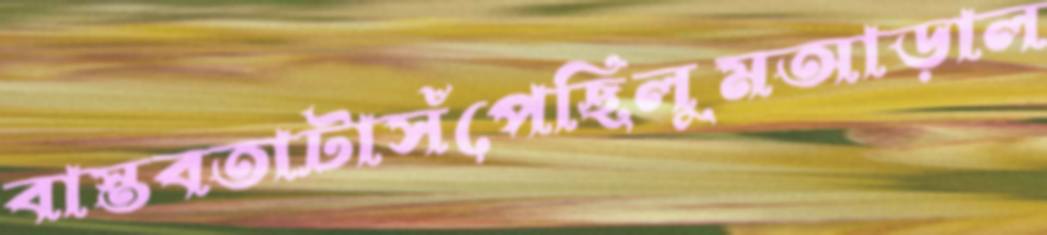
বাস্তবতাটাসঁপেছিলুমআড়াল